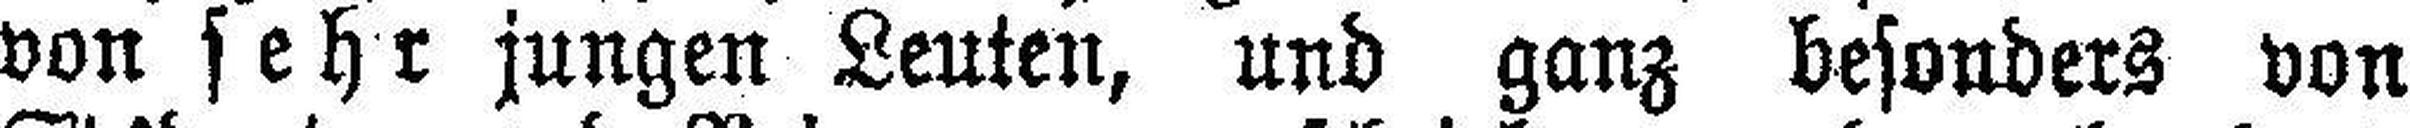
von sehr jungen Leuten, und ganz besonders von